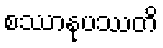
စဿာနုပဿတိ